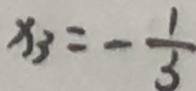
x _ { 3 } = - \frac { 1 } { 3 }